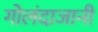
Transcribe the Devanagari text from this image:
गोलंदाजानी